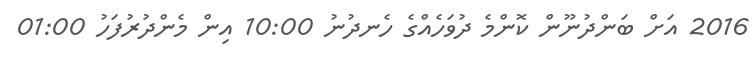
2016 އަށް ބަންދުނޫން ކޮންމެ ދުވަހެއްގެ ހެނދުނު 10:00 އިން މެންދުރުފަހު 01:00